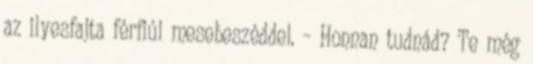
az ilyesfajta férfiúi mesebeszéddel. – Honnan tudnád? Te még